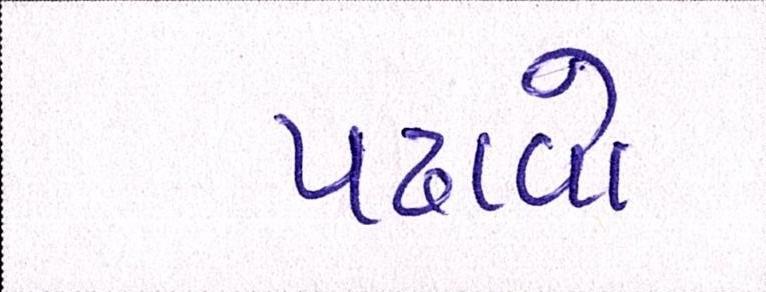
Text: પઢાવો